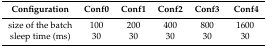
<table><thead><tr><td><b>Configuration</b></td><td><b>Conf0</b></td><td><b>Conf1</b></td><td><b>Conf2</b></td><td><b>Conf3</b></td><td><b>Conf4</b></td></tr></thead><tbody><tr><td>size of the batch</td><td>100</td><td>200</td><td>400</td><td>800</td><td>1600</td></tr><tr><td>sleep time (ms)</td><td>30</td><td>30</td><td>30</td><td>30</td><td>30</td></tr></tbody></table>